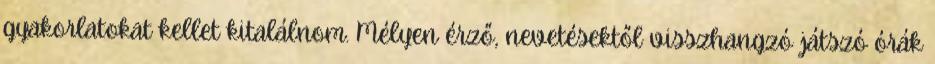
gyakorlatokat kellet kitalálnom. Mélyen érző, nevetésektől visszhangzó játszó órák